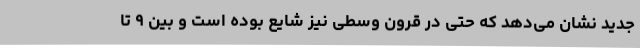
جدید نشان می‌دهد که حتی در قرون وسطی نیز شایع بوده است و بین ۹ تا